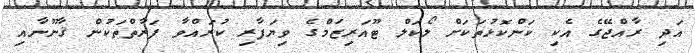
އަދި ރާއްޖޭގެ އެކި ކަންކޮޅުތަކަށް ލޯކަލް ޓޫއަރިޒަމްގެ ވިޔަފާރި ކުރައްވާ ފަރާތްތަކުން ޤާނޫނާއި